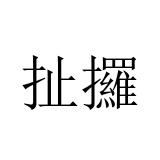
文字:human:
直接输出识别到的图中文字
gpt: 扯攞